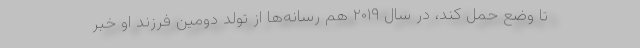
تا وضع حمل کند، در سال ۲۰۱۹ هم رسانه‌ها از تولد دومین فرزند او خبر